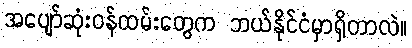
အပျော်ဆုံးဝန်ထမ်းတွေက ဘယ်နိုင်ငံမှာရှိတာလဲ။